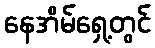
နေအိမ်ရှေ့တွင်